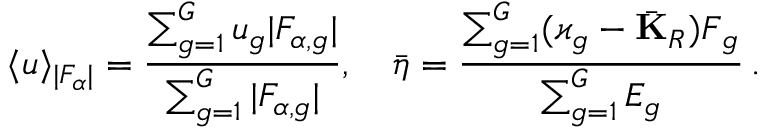
\langle u \rangle _ { | F _ { \alpha } | } = \frac { \sum _ { g = 1 } ^ { G } u _ { g } | F _ { \alpha , g } | } { \sum _ { g = 1 } ^ { G } | F _ { \alpha , g } | } , \quad \bar { \boldsymbol { \eta } } = \frac { \sum _ { g = 1 } ^ { G } ( \varkappa _ { g } - \bar { \mathbf { K } } _ { R } ) \boldsymbol { F } _ { g } } { \sum _ { g = 1 } ^ { G } E _ { g } } \, .